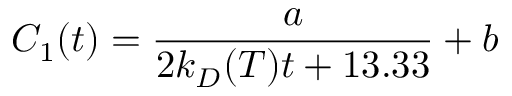
C _ { 1 } ( t ) = \frac { a } { 2 k _ { D } ( T ) t + 1 3 . 3 3 } + b